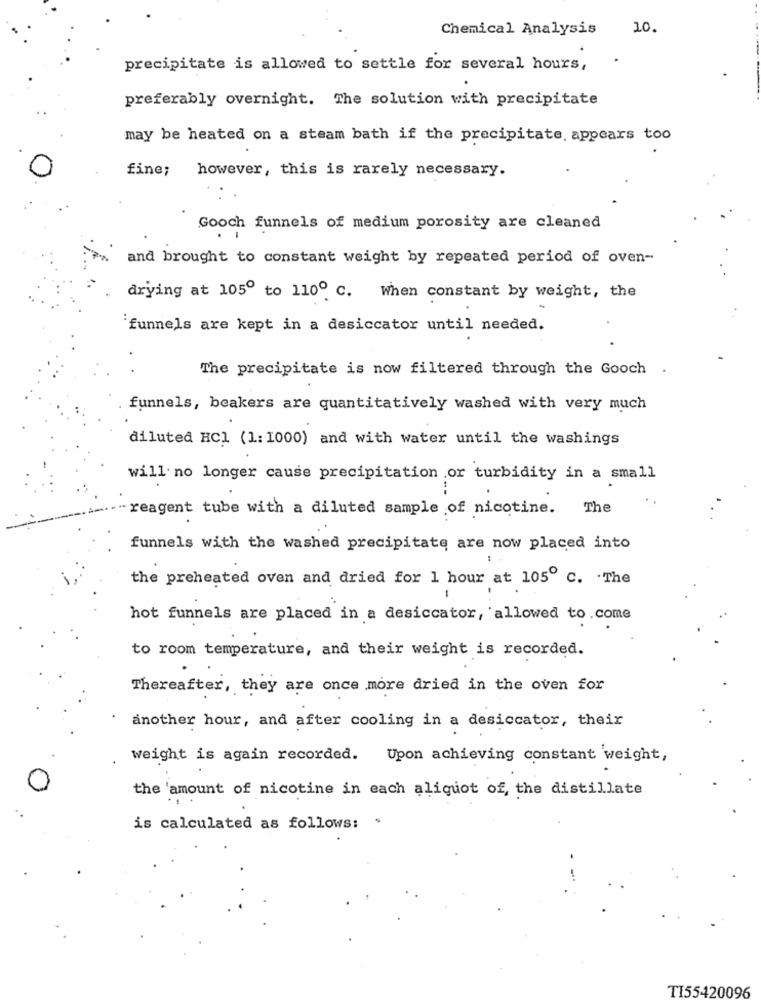
Chemical Analysis
10.
precipitate is allowed to settle for several hours,
preferably overnight. The solution with precipitate
may be heated on a steam bath if the precipitate, appears too
fine;
however, this is rarely necessary.
Gooch funnels of medium porosity are cleaned
and brought to constant weight by repeated period of oven-
drying at 1050 to 110º C. When constant by weight, the
funnels are kept in a desiccator until needed.
The precipitate is now filtered through the Gooch
funnels, beakers are quantitatively washed with very much
diluted HC1 (1: 1000) and with water until the washings
will no longer cause precipitation or turbidity in a small
reagent tube with a diluted sample of nicotine.
The
funnels with the washed precipitate are now placed into
the preheated oven and dried for 1 hour at 105º C. . The
hot funnels are placed in a desiccator, allowed to.come
to room temperature, and their weight is recorded.
Thereafter, they are once more dried in the oven for
another hour, and after cooling in a desiccator, their
weight is again recorded. Upon achieving constant weight,
the 'amount of nicotine in each aliquot of, the distillate
is calculated as follows: $
TI55420096